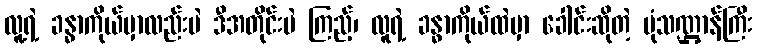
လူ့ရဲ့ ခန္ဓာကိုယ်မှာလည်းပဲ ဒီအတိုင်းပဲ ကြည့်၊ လူရဲ့ ခန္ဓာကိုယ်ထဲမှာ ခေါင်းဆိုတဲ့ ပုံသဏ္ဌာန်ကြီး